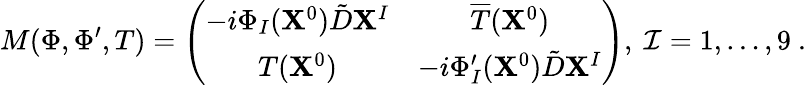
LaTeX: M(\Phi,\Phi^{\prime},T)=\left(\begin{array}{cc}{{-i\Phi_{I}({\mathbf X}^{0})\tilde{D}{\mathbf X}^{I}}}&{{\overline{{{T}}}({\mathbf X}^{0})}}\\ {{T({\mathbf X}^{0})}}&{{-i\Phi_{I}^{\prime}({\mathbf X}^{0})\tilde{D}{\mathbf X}^{I}}}\end{array}\right),\ \mathcal{I}=1,\dots,9\ .